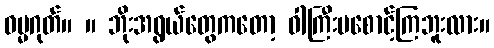
ဓမ္မဂုတ်။ ။ ဘိုးအရွယ်တွေကတော့ ဝါကြီးမစောင့်ကြဘူးလား။